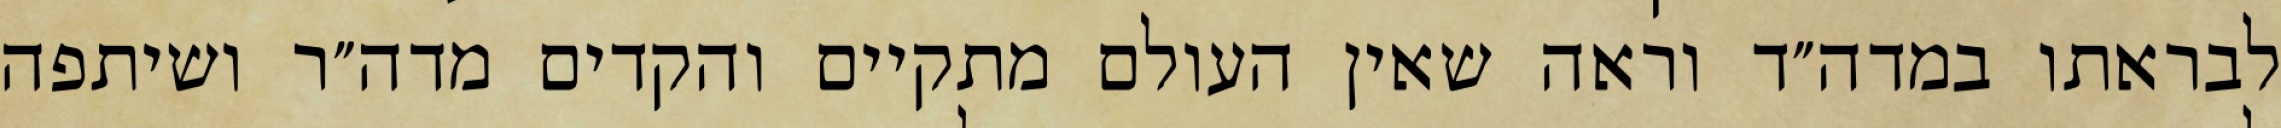
לבראתו במדה״ד וראה שאין העולם מתקיים והקדים מדה״ר ושיתפה